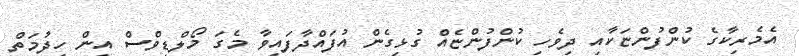
އެމެރިކާގެ ކުންފުންޏަކާއި ދިވެހި ކުންފުންޏެއް ގުޅިގެން އުފައްދާފައިވާ މެގަ މޯލްޑިވްސް އިން ހިދުމަތް